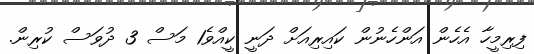
ފިރިމީހާ އެހެން އަންހެނުން ކައިރިއަށް ދަނީ ކީއްވެ1 މަސް 3 ދުވަސް ކުރިން.